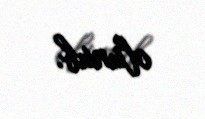
olunub.